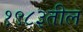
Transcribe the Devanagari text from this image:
१९८३तील